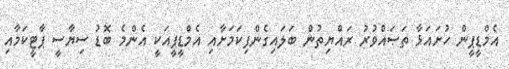
އެމްޑީޕީން ހުށައަޅާ ތަޞައްވުރު ރައްޔިތުން ބަލައިގެންފިކަމަށާއި އެމްޑީޕީއަކީ އެންމެ ބޮޑު ސިޔާސީ ޕާޓީކަމާއި